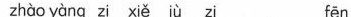
zhào yàng zi xiē jù zi fen